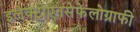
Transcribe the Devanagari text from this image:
इलेक्ट्रोएनसेफेलोग्राफी